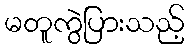
မတူကွဲပြားသည့်